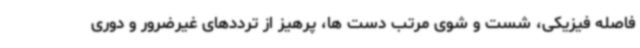
فاصله فیزیکی، شست و شوی مرتب دست ها، پرهیز از ترددهای غیرضرور و دوری